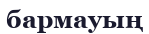
бармауың